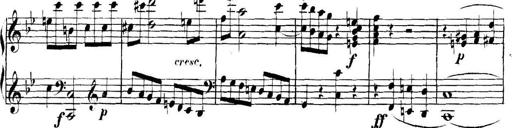
Title: Collected Piano Sonatas
Composer: Muzio Clementi